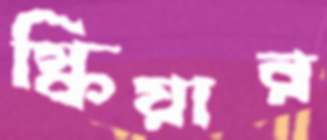
স্কিয়ার